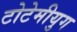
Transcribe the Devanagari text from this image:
टोटेमीयुग